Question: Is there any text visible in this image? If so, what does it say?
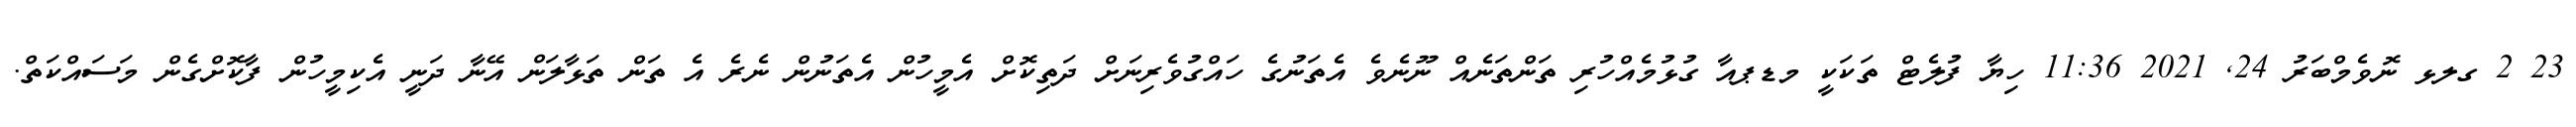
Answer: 23 2 ގލޅ ނޮވެމްބަރު 24, 2021 11:36 ހިޔާ ފުލެޓް ތަކަކީ މޑޕއާ ގުޅުމެއްހުރި ތަންތަނެއް ނޫނެވެ އެތަނުގެ ހައްގުވެރިނަށް ދަތިކޮށް އެމީހުން އެތަނުން ނެރެ އެ ތަން ތަޅާލަން އޭނާ ދަނީ އެކިމީހުން ފާކޮށްގެން މަސައްކަތް.